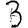
Digit: 3